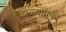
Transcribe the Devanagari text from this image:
टोळ्यापैकी